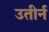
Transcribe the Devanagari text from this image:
उतीर्न